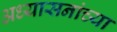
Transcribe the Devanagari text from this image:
अध्यासनांच्या